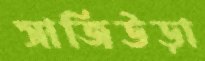
সাজিউড়া